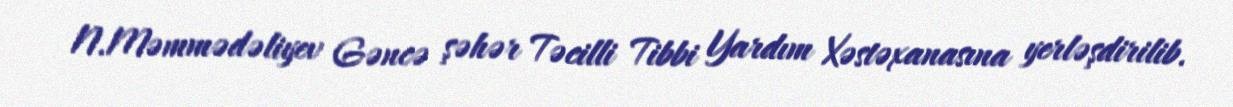
N.Məmmədəliyev Gəncə şəhər Təcilli Tibbi Yardım Xəstəxanasına yerləşdirilib.